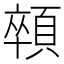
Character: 顇